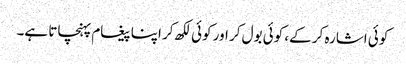
کوئی اشارہ کر کے، کوئی بول کر اور کوئی لکھ کر اپنا پیغام پہنچاتا ہے۔